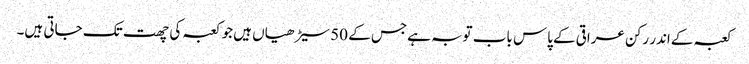
کعبہ کےاندر رکن عراقی کےپاس باب توبہ ہےجس کے 50 سیڑھیاں ہیں جو کعبہ کی چھت تک جاتی ہیں۔